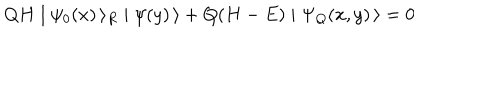
Q H \mid \psi _ { 0 } ( x ) \, \rangle _ { R } \mid \psi ( y ) \, \rangle + Q ( H - E ) \mid \Psi _ { Q } ( x , y ) \, \rangle = 0